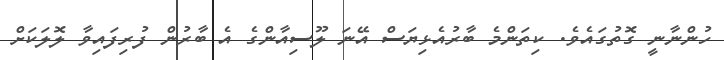
ހުންނާނީ ގޮތުގައެވެ. ކިތަންމެ ބާރުއެޅިޔަސް އޭނަ ލޫސިއާންގެ އެ ބާރުން ފުރިފައިވާ ލޮލަކަށް